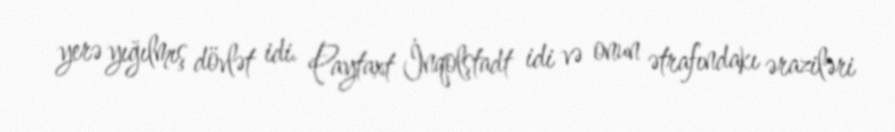
yerə yığılmış dövlət idi. Paytaxt İnqolştadt idi və onun ətrafındakı əraziləri